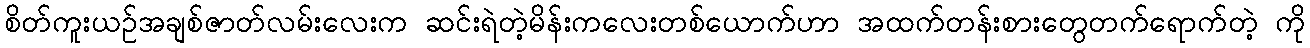
စိတ်ကူးယဉ်အချစ်ဇာတ်လမ်းလေးက ဆင်းရဲတဲ့မိန်းကလေးတစ်ယောက်ဟာ အထက်တန်းစားတွေတက်ရောက်တဲ့ ကို